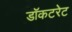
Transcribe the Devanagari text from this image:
डॉकटरेट